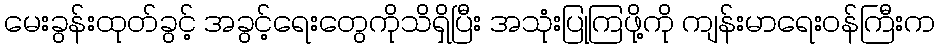
မေးခွန်းထုတ်ခွင့် အခွင့်ရေးတွေကိုသိရှိပြီး အသုံးပြုကြဖို့ကို ကျန်းမာရေးဝန်ကြီးက